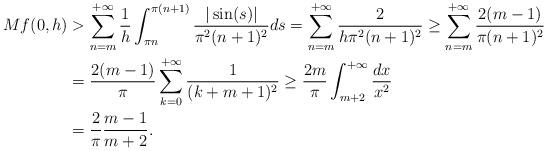
LaTeX: \begin{align*}Mf(0,h)&>\sum_{n=m}^{+\infty}\frac{1}{h}\int_{\pi n}^{\pi(n+1)}\frac{\vert \sin(s)\vert}{\pi^2 (n+1)^2}ds=\sum_{n=m}^{+\infty}\frac{2}{h\pi^2(n+1)^2}\geq\sum_{n=m}^{+\infty}\frac{2(m-1)}{\pi (n+1)^2}\\&=\frac{2(m-1)}{\pi}\sum_{k=0}^{+\infty}\frac{1}{(k+m+1)^2}\geq \frac{2m}{\pi}\int_{m+2}^{+\infty}\frac{dx}{x^2}\\&=\frac{2}{\pi}\frac{m-1}{m+2}.\end{align*}